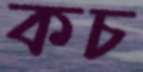
কচ